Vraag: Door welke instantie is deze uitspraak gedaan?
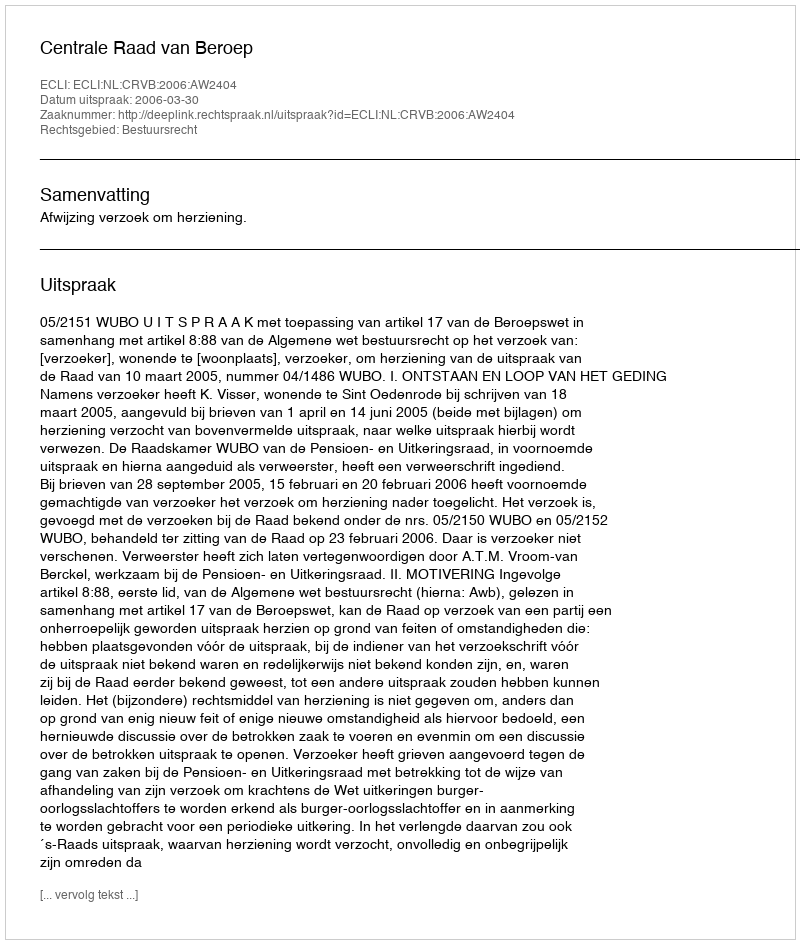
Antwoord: Centrale Raad van Beroep